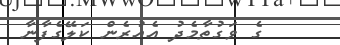
ގެ ވަގުތާމެދު އެއުރެން ކަލޭގެފާނާ